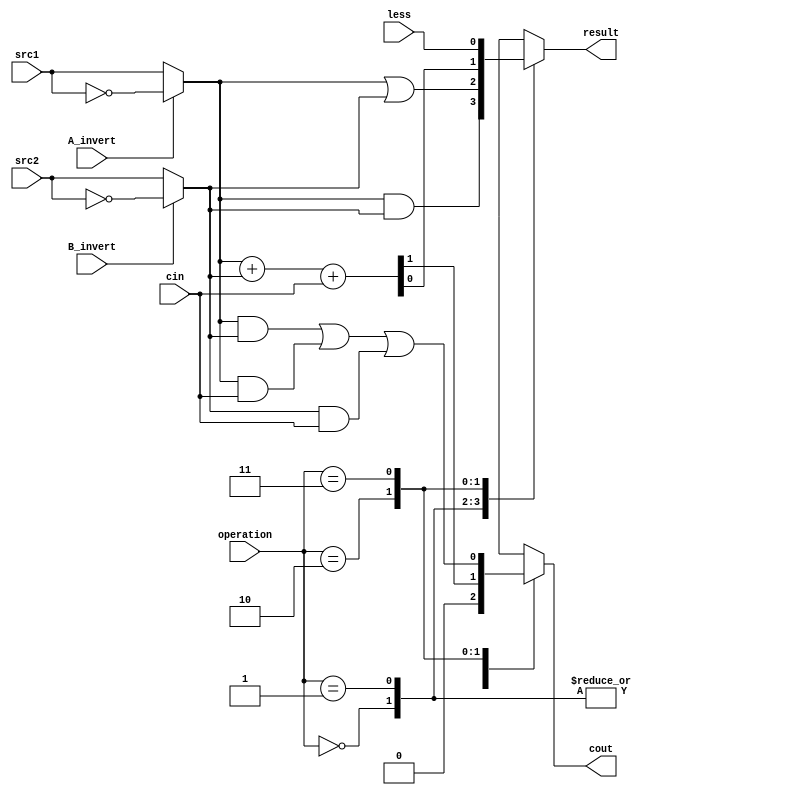
`timescale 1ns/1ps
// student ID : 109550022
//////////////////////////////////////////////////////////////////////////////////
// Company: 
// Engineer: 
// 
// Design Name: 
// Module Name:    alu_top 
// Project Name: 
// Target Devices: 
// Tool versions: 
// Description: 
//
// Dependencies: 
//
// Revision: 
// Revision 0.01 - File Created
// Additional Comments: 
//
//////////////////////////////////////////////////////////////////////////////////

module alu_top(
               src1,       //1 bit source 1 (input)
               src2,       //1 bit source 2 (input)
               less,       //1 bit less     (input)
               A_invert,   //1 bit A_invert (input)
               B_invert,   //1 bit B_invert (input)
               cin,        //1 bit carry in (input)
               operation,  //operation      (input)
               result,     //1 bit result   (output)
               cout        //1 bit carry out(output)
               );

    input         src1;
    input         src2;
    input         less;
    
    input         A_invert;
    input         B_invert;
    input         cin;
    input [2-1:0] operation;
    
    output        result;
    output        cout;
    reg           result, cout;
    reg          s1, s2;
     
    
    always@(*) begin
        if (A_invert) s1 = ~src1; else s1 = src1;
        if (B_invert) s2 = ~src2; else s2 = src2;
        case(operation)
            2'b00:begin result = s1 && s2;cout = 0; end
            2'b01:begin result = s1 || s2; cout = 0; end
            2'b10:begin {cout, result} = (s1 + s2 + cin); end
            2'b11:begin result = less; cout = (s1&s2) | (s1&cin) | (s2&cin); end
	endcase
    end

endmodule